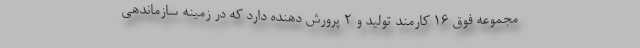
مجموعه فوق 16 کارمند تولید و 2 پرورش دهنده دارد که در زمینه سازماندهی